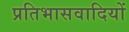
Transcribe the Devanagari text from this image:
प्रतिभासवादियों